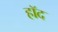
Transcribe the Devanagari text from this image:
हॉद